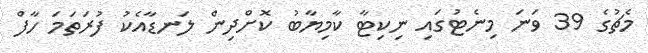
މެޗުގެ 39 ވަނަ މިނެޓުގައި ނިކިޓާ ކާމިޔާބު ކޮށްދިން ލަނޑާއެކު ފުރަތަމަ ހާފް